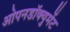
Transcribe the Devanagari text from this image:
ओपनडॉक्युमेंट